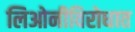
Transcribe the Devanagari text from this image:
लिओनीविरोधात